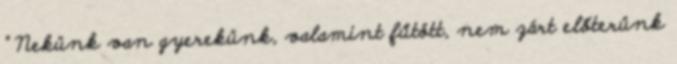
" Nekünk van gyerekünk, valamint fűtött, nem zárt előterünk